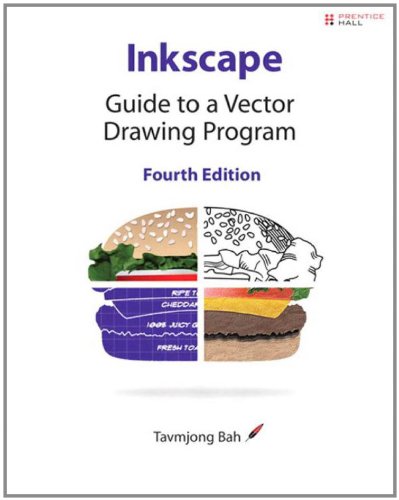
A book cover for Inkscape: Guide to a Vector Drawing Program (4th Edition) (SourceForge Community Press); Tavmjong Bah; Computers & Technology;